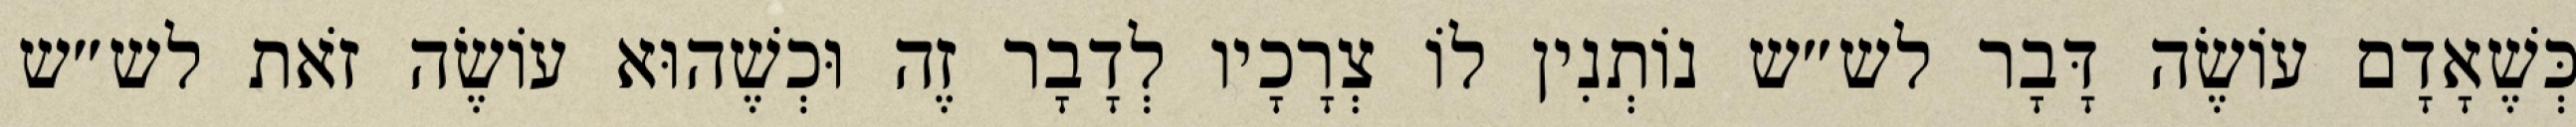
כְּשֶׁאָדָם עוֹשֶׂה דָּבָר לש״ש נוֹתְנִין לוֹ צְרָכָיו לְדָבָר זֶה וּכְשֶׁהוּא עוֹשֶׂה זֹאת לש״ש